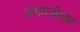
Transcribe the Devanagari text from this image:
प्रसारबेलन